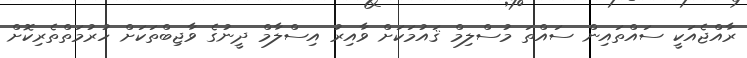
ރާއްޖެއަކީ ސައްތައިން ސައްތަ މުސްލިމް ޤައުމަކަށް ވާއިރު އިސްލާމް ދީނުގެ ވާޖިބްތަކަށް ހުރުމަތްތެރިކޮށް